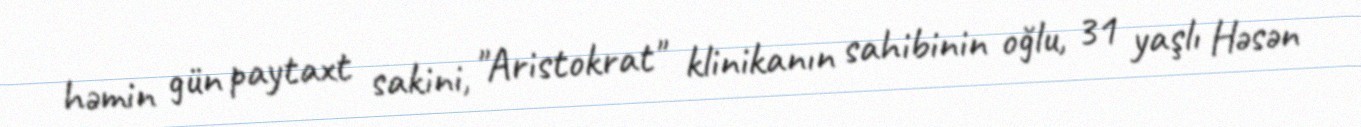
həmin gün paytaxt sakini, "Aristokrat" klinikanın sahibinin oğlu, 31 yaşlı Həsən